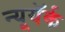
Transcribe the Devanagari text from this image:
न्यूयॅर्क